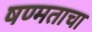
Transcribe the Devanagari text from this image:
षण्मताचा